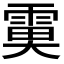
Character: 𩃙